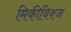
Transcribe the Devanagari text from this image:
मिकीविक्ज